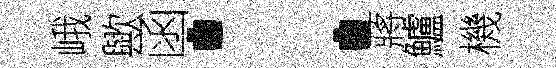
峨歟函：蔣鱸機